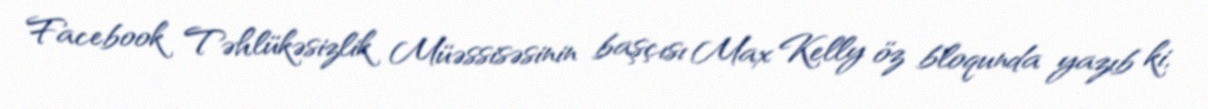
Facebook Təhlükəsizlik Müəssisəsinin başçısı Max Kelly öz bloqunda yazıb ki,